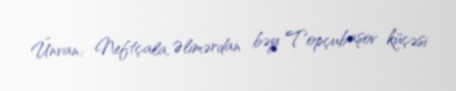
Ünvan: Neftçala, Əlimərdan bəy Topçubaşov küçəsi